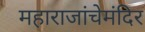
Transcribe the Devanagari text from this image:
महाराजांचेमंदिर